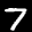
Label: 7